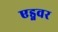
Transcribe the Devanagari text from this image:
एड्नवर